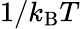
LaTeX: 1/k_{\mathrm{{B}}}T